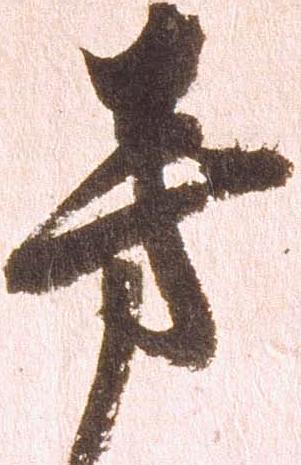
旁